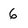
Character: 6